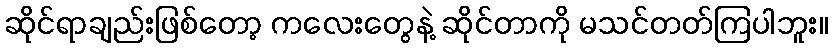
ဆိုင်ရာချည်းဖြစ်တော့ ကလေးတွေနဲ့ ဆိုင်တာကို မသင်တတ်ကြပါဘူး။